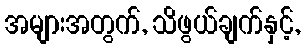
အများအတွက်, သိဖွယ်ချက်နှင့်,